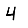
Digit: 4